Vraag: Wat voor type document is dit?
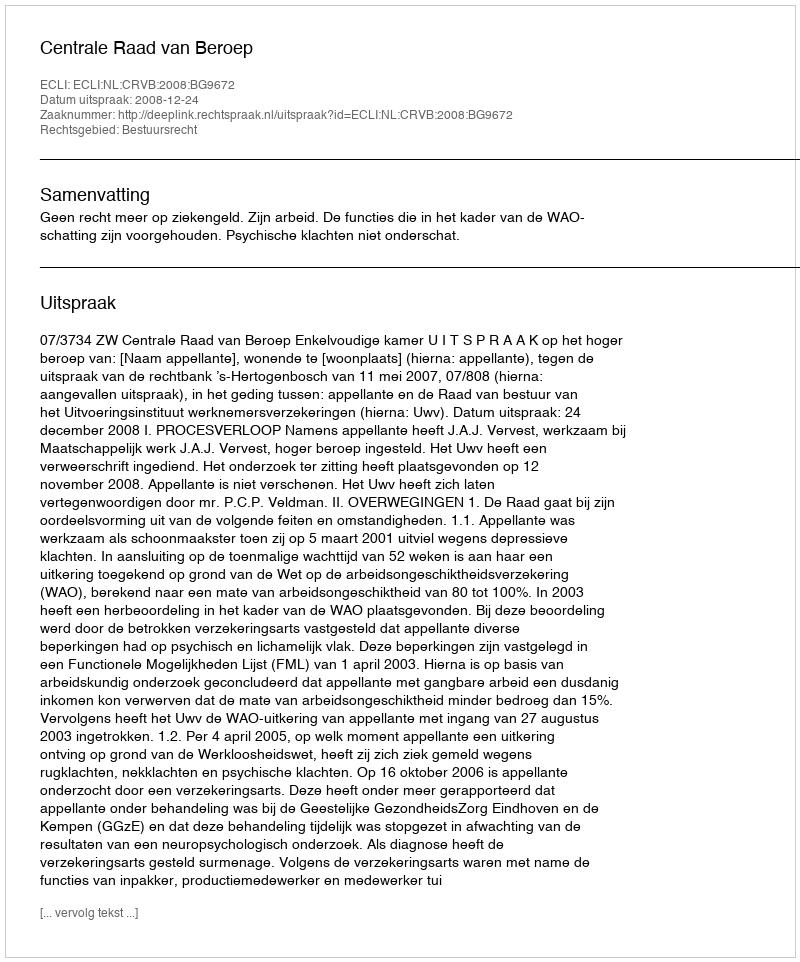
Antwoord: Uitspraak